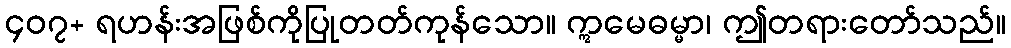
၄၀၇+ ရဟန်းအဖြစ်ကိုပြုတတ်ကုန်သော။ ဣမေဓမ္မာ၊ ဤတရားတော်သည်။